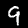
Label: 9